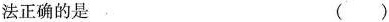
法正确的是 ( )